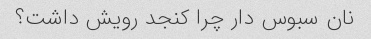
نان سبوس دار چرا کنجد رویش داشت؟